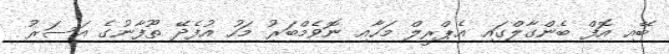
ބޭއި އޮފް ބެންގާލްގައި އެޕްރީލް މަހާއި ނޮވެމްބަރު މަހު އުފެދޭ ތޫފާނުގެ އަސަރު